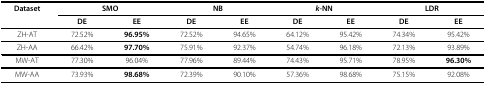
| Dataset | <COLSPAN=2> SMO | <COLSPAN=2> NB | <COLSPAN=2> k-NN | <COLSPAN=2> LDR |
 |  | DE | EE | DE | EE | DE | EE | DE | EE |
 | --- | --- | --- | --- | --- | --- | --- | --- | --- |
 | ZH-AT | 72.52% | 96.95% | 72.52% | 94.65% | 64.12% | 95.42% | 74.34% | 95.42% |
 | ZH-AA | 66.42% | 97.70% | 75.91% | 92.37% | 54.74% | 96.18% | 72.13% | 93.89% |
 | MW-AT | 77.30% | 96.04% | 77.96% | 89.44% | 74.43% | 95.71% | 78.95% | 96.30% |
 | MW-AA | 73.93% | 98.68% | 72.39% | 90.10% | 57.36% | 98.68% | 75.15% | 92.08% |